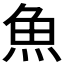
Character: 魚